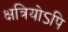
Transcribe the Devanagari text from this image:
क्षत्रियोऽपि